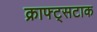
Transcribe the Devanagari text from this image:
क्राफ्ट्सटाक